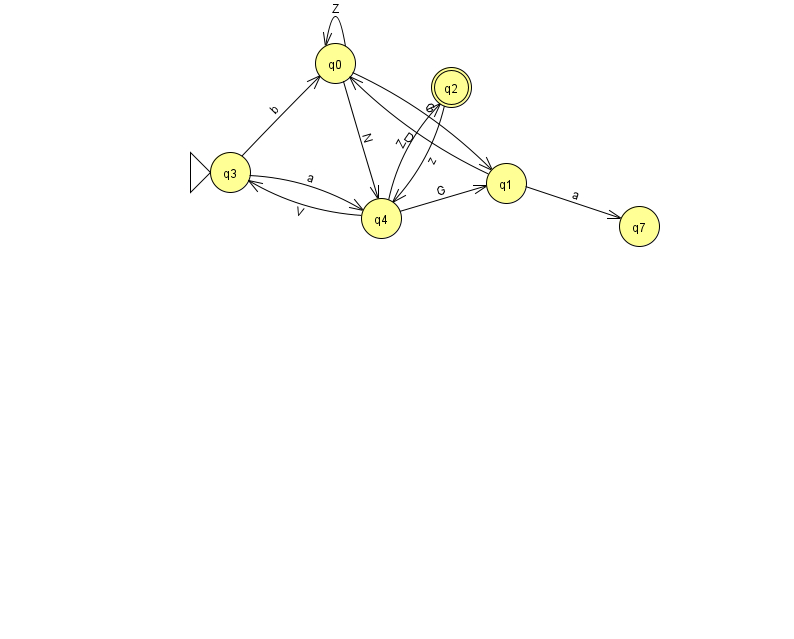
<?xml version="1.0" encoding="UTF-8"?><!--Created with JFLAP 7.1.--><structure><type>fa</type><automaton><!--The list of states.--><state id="0" name="q0"><x>335.0</x><y>50.0</y></state><state id="1" name="q1"><x>506.0</x><y>170.0</y></state><state id="2" name="q2"><x>451.0</x><y>74.0</y><final/></state><state id="3" name="q3"><x>230.0</x><y>159.0</y><initial/></state><state id="4" name="q4"><x>381.0</x><y>205.0</y></state><state id="7" name="q7"><x>639.0</x><y>213.0</y></state><!--The list of transitions.--><transition><from>1</from><to>0</to><read>D</read></transition><transition><from>3</from><to>0</to><read>b</read></transition><transition><from>3</from><to>4</to><read>a</read></transition><transition><from>4</from><to>1</to><read>G</read></transition><transition><from>0</from><to>1</to><read>G</read></transition><transition><from>4</from><to>3</to><read>V</read></transition><transition><from>0</from><to>0</to><read>Z</read></transition><transition><from>0</from><to>4</to><read>N</read></transition><transition><from>2</from><to>4</to><read>z</read></transition><transition><from>4</from><to>2</to><read>Z</read></transition><transition><from>1</from><to>7</to><read>a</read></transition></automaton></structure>